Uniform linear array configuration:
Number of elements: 32
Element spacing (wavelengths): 1
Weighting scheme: uniform
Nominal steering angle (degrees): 15
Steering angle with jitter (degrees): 16.923
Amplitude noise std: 0.05
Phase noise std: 0.05

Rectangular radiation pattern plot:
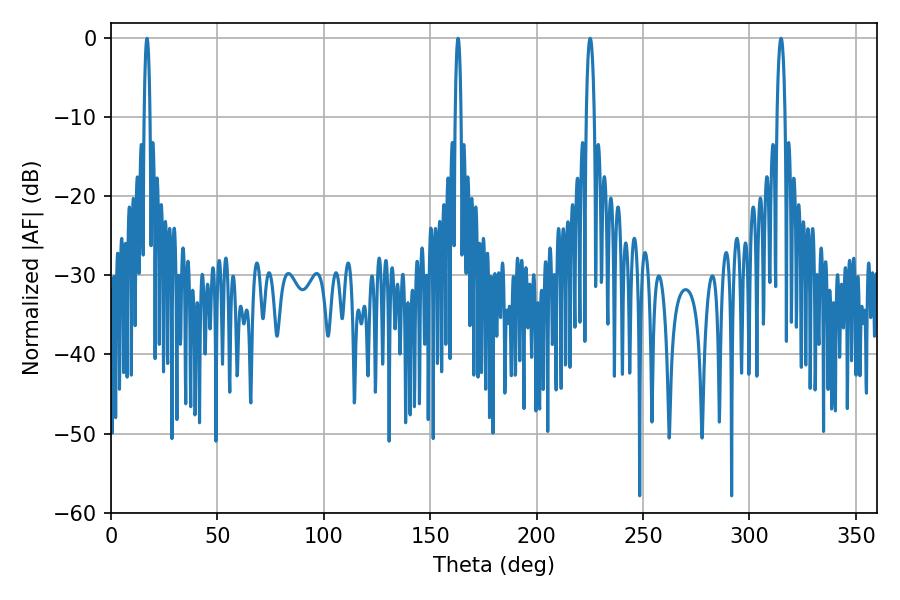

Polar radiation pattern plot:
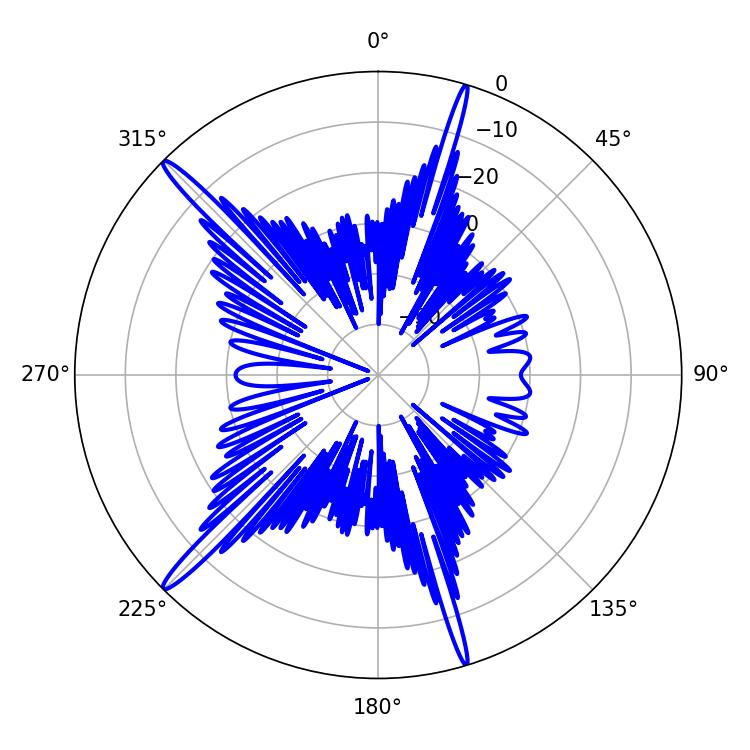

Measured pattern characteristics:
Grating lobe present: TRUE
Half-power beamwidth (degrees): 1.44
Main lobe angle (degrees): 16.92